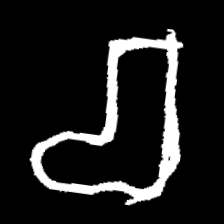
Pyu character \u2014 Myanmar letter: စ (romanized: ca)